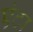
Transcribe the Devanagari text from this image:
एंटा